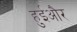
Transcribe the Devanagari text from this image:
हुईऔर